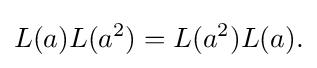
\displaystyle {L(a)L(a^{2})=L(a^{2})L(a).}